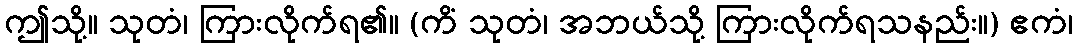
ဤသို့။ သုတံ၊ ကြားလိုက်ရ၏။ (ကိံ သုတံ၊ အဘယ်သို့ ကြားလိုက်ရသနည်း။) ဧကံ၊